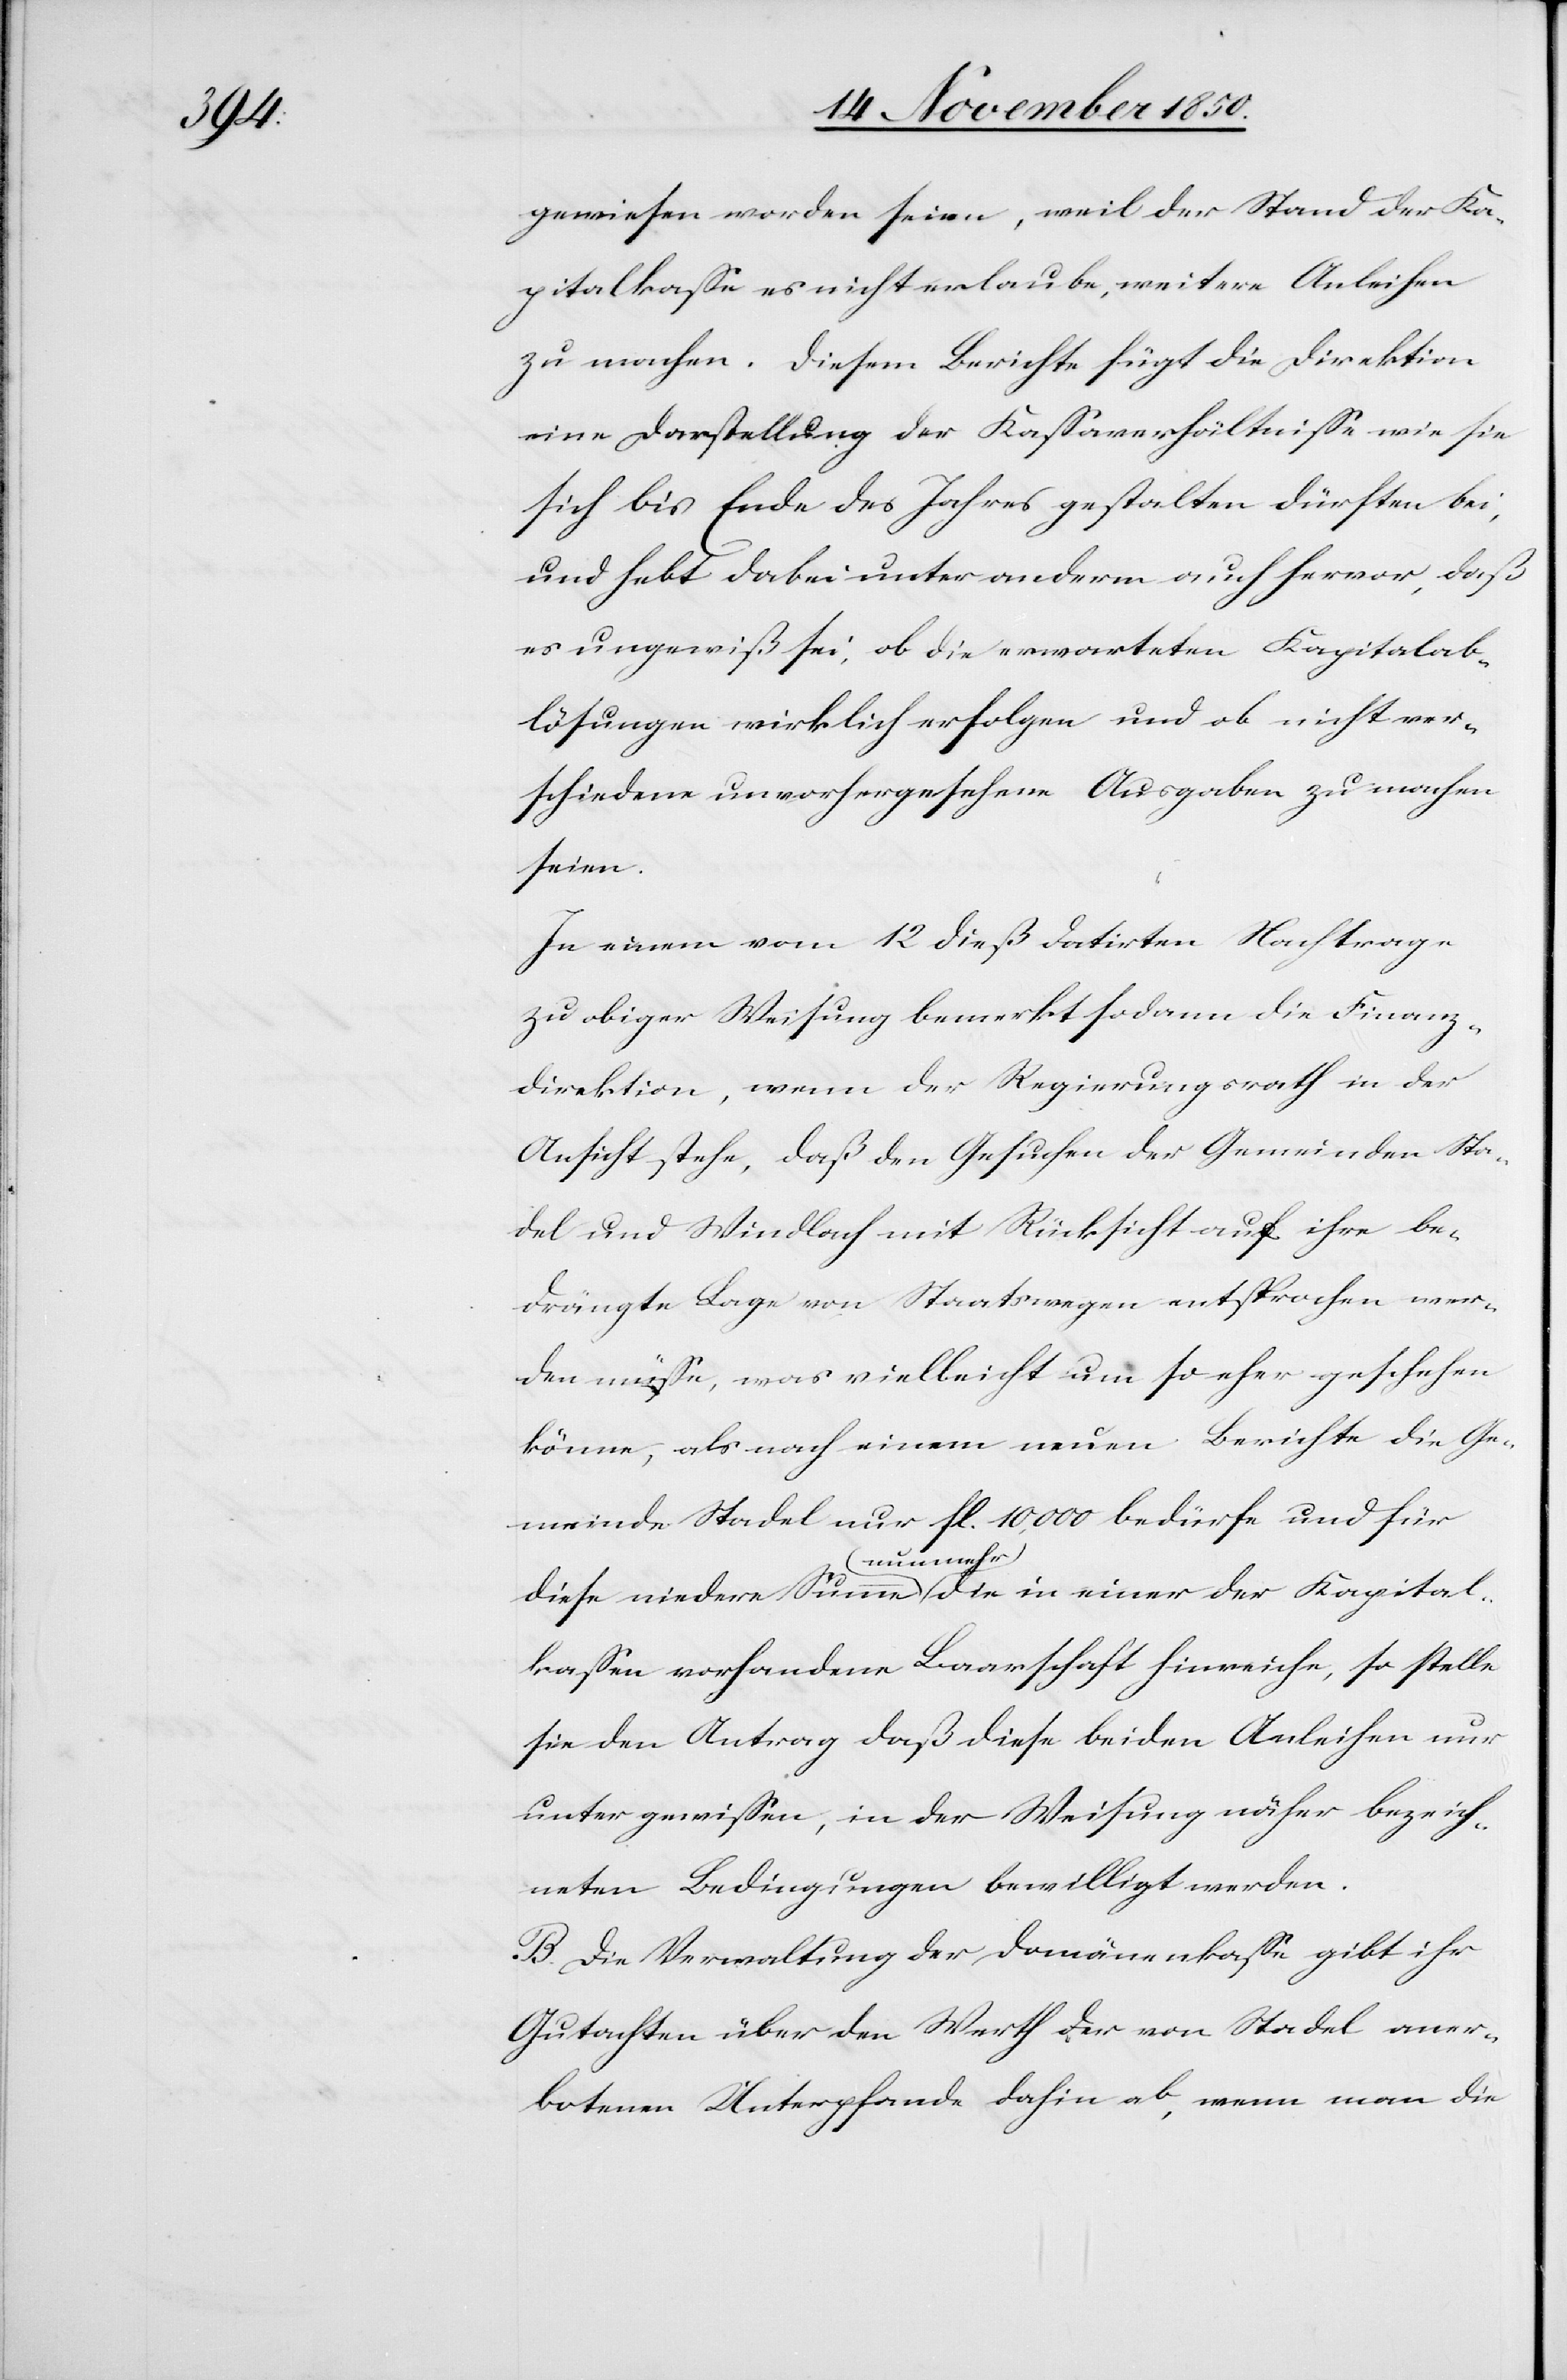
gewiesen worden seien, weil der Stand der Ka¬
pitalkasse es nicht erlaube, weitere Anleihen
zu machen. Diesen Berichte fügt die Direktion
eine Darstellung der Kassaverhältnisse wie sie
sich bis Ende des Jahres gestalten dürften bei,
und hebt dabei unter anderm auch hervor, daß
es ungewiß sei, ob die erwarteten Kapitalab¬
lösungen wirklich erfolgen und ob nicht ver¬
schiedene unvorhergesehene Ausgaben zu machen
seien.
In einem vom 12 dieß datirten Nachtrage
zu obiger Weisung bemerkt sodann die Finanz¬
direktion, wenn der Regierungsrath in der
Ansicht stehe, daß den Gesuchen der Gemeinden Sta¬
del und Windlach mit Rücksicht auf ihre be¬
drängte Lage von Staatswegen entsprochen wer¬
den müsse, was vielleicht um so eher geschehen
könne, als nach einem neuen Berichte die Ge¬
meinde Stadel nur fl. 10,000 bedürfe und für
diese niedere Summe nunmehr die in einer der Kapital¬
kassen vorhandene Baarschaft hinreiche, so stelle
sie den Antrag daß diese beiden Anleihen nur
unter gewissen, in der Weisung näher bezeich¬
neten Bedingungen bewilligt werden.
B. Die Verwaltung der Domänenkasse gibt ihr
Gutachten über den Werth der von Stadel aner¬
botenen Unterpfande dahin ab, wenn man die